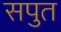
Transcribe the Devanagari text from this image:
सपुत